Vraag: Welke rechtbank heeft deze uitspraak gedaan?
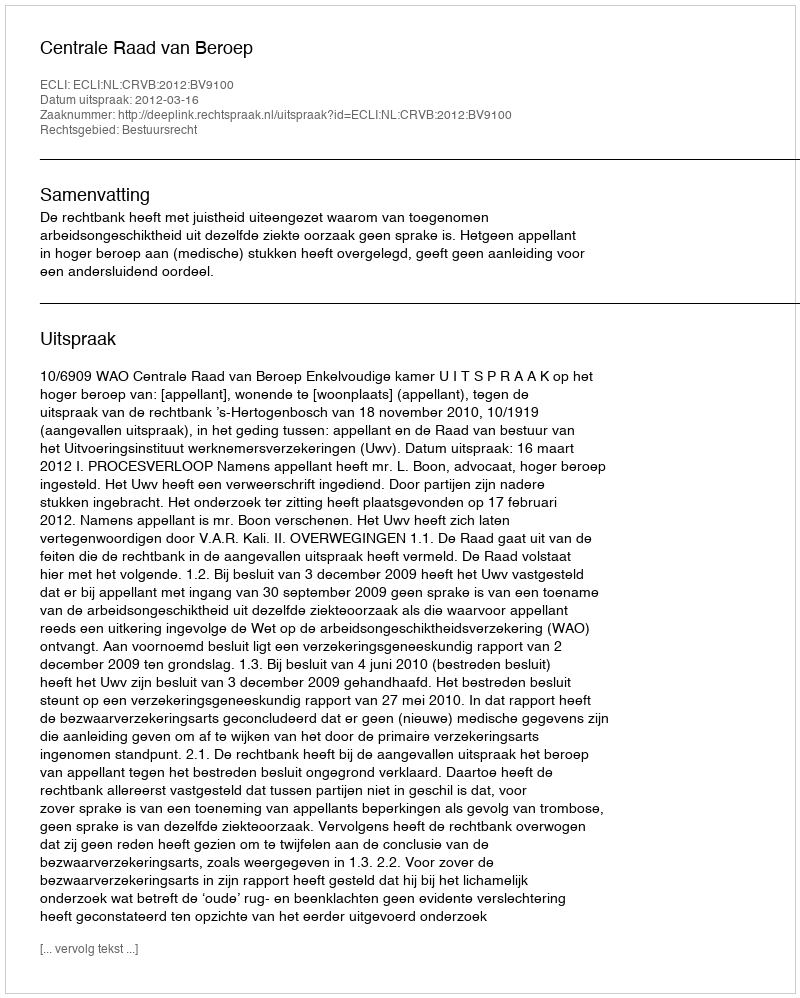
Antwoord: Centrale Raad van Beroep